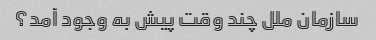
سازمان ملل چند وقت پیش به وجود آمد؟